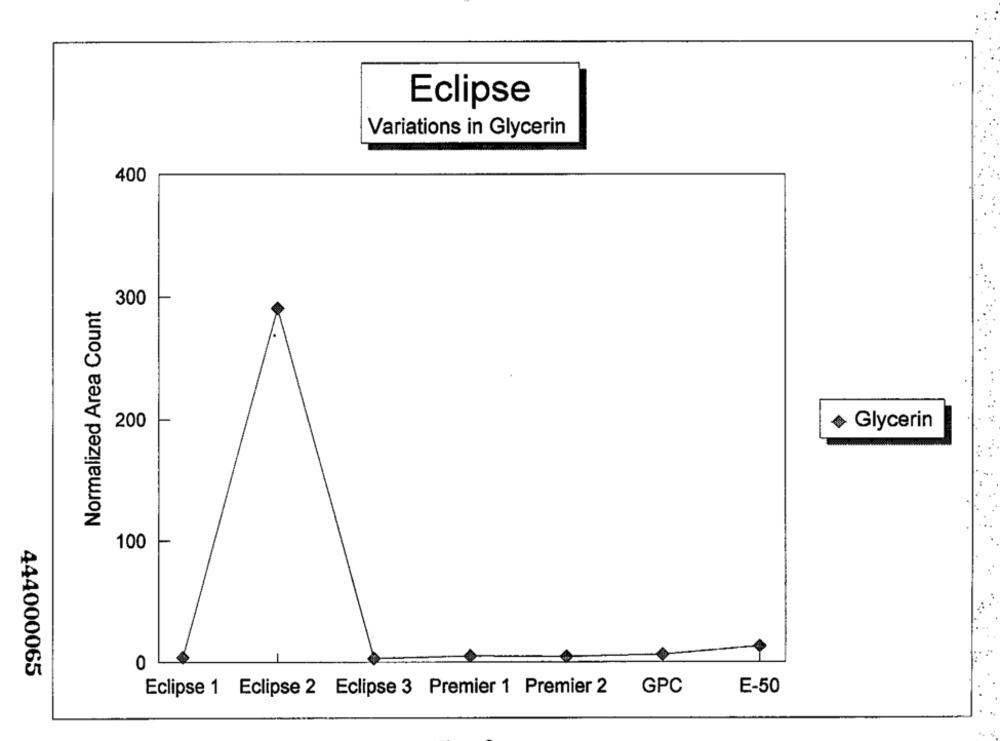
Eclipse
Variations in Glycerin
400
Normalized Area Count
300
200
Glycerin
100
0
444000065
E-50
Eclipse 1 Eclipse 2 Eclipse 3 Premier 1 Premier 2 GPC